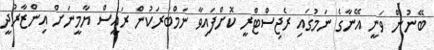
ބޭނުން ވަނީ އޭނާގެ ނަމުގައި ރެޖިސްޓްރީ ކޮށްފައިވާ ނަމްބަރަކުން ރައީސް ޔާމީނަށް އިންޒާރުދީ